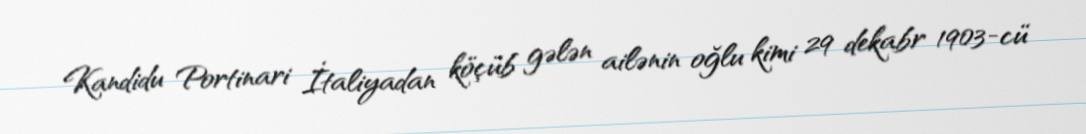
Kandidu Portinari İtaliyadan köçüb gələn ailənin oğlu kimi 29 dekabr 1903-cü